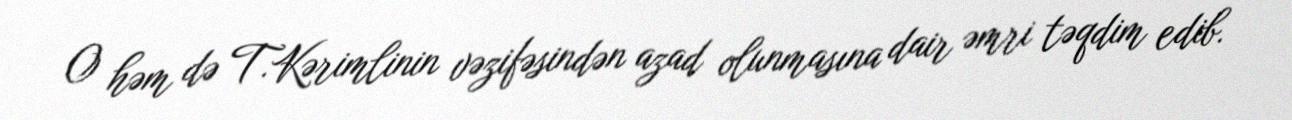
O həm də T.Kərimlinin vəzifəsindən azad olunmasına dair əmri təqdim edib.